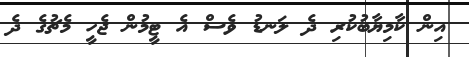
އިން ކާމިޔާބުކުރި ދެ ލަނޑު ވެސް އެ ޓީމުން ޖެހީ މެޗުގެ ދެ